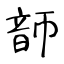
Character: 韴